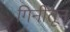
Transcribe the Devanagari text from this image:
गिनीतून